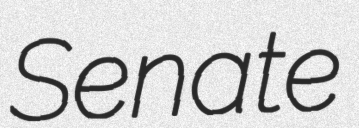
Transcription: Senate